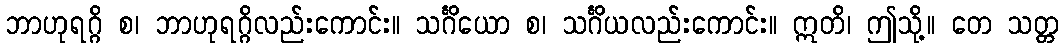
ဘာဟုရဂ္ဂိ စ၊ ဘာဟုရဂ္ဂိလည်းကောင်း။ သင်္ဂိယော စ၊ သင်္ဂိယလည်းကောင်း။ ဣတိ၊ ဤသို့။ တေ သတ္တ